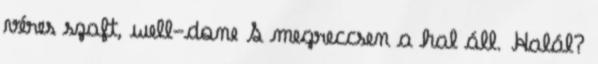
véres szaft, well-done S megreccsen a hal áll. Halál?